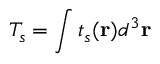
T _ { s } = \int t _ { s } ( \mathbf { r } ) d ^ { 3 } \mathbf { r }